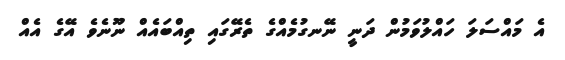
އެ މައްސަލަ ހައްލުވަމުން ދަނީ ނޭނގުމެއްގެ ތެރޭގައި ތިއްބައެއް ނޫނެވެ އޭގެ އެއް